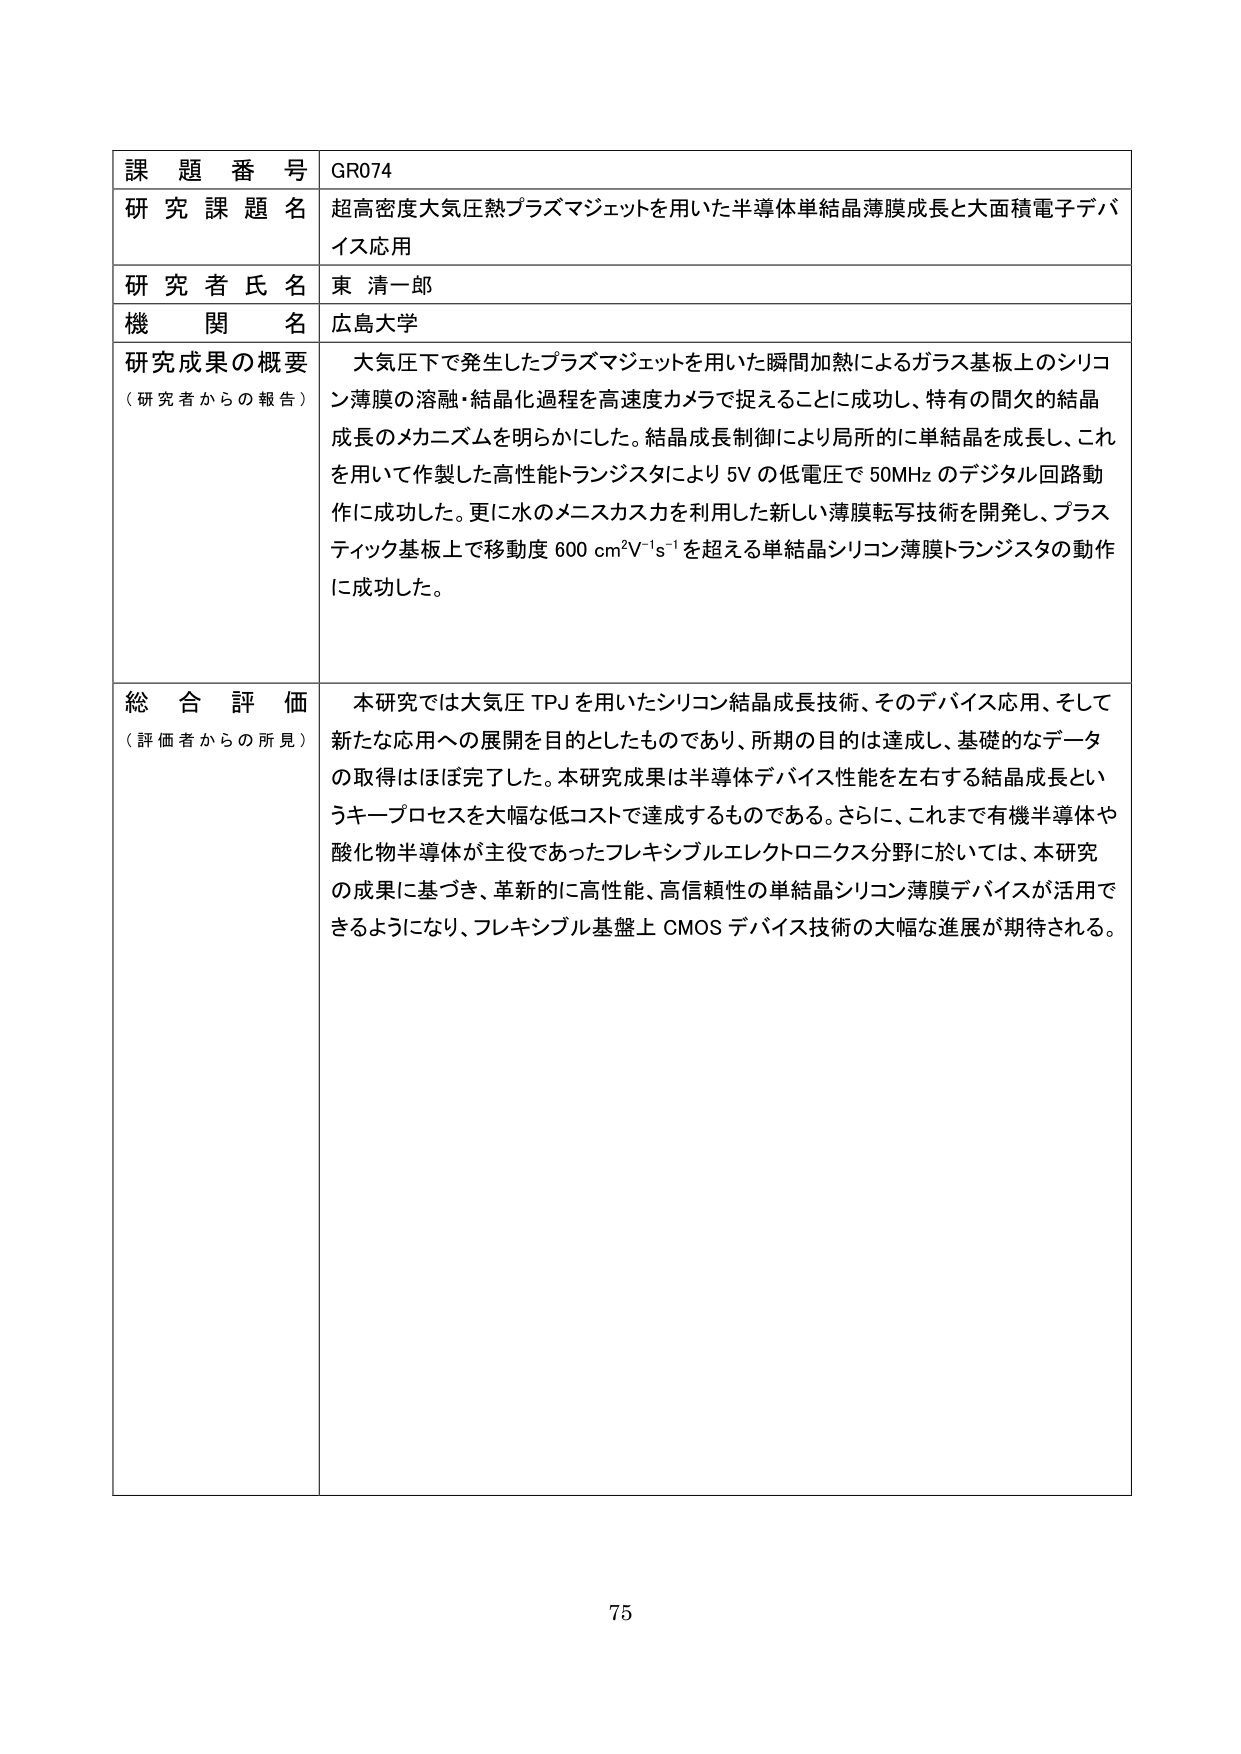
課題番号 GR074
研究課題名 超高密度大気圧熱プラズマジェットを用いた半導体単結晶薄膜成長と大面積電子デバイス応用
研究者氏名 東 清一郎
機関名 広島大学
研究成果の概要（研究者からの報告） 大気圧下で発生したプラズマジェットを用いた瞬間加熱によるガラス基板上のシリコン薄膜の溶融・結晶化過程を高速度カメラで捉えることに成功し、特有の間欠的結晶成長のメカニズムを明らかにした。結晶成長制御により局所的に単結晶を成長し、これを用いて作製した高性能トランジスタにより5Vの低電圧で50MHzのデジタル回路動作に成功した。更に水のメニスカスを利用した新しい薄膜転写技術を開発し、プラスティック基板上で移動度600 cm²V⁻¹s⁻¹を超える単結晶シリコン薄膜トランジスタの動作に成功した。
総合評価（評価者からの所見） 本研究では大気圧TPJを用いたシリコン結晶成長技術、そのデバイス応用、そして新たな応用への展開を目的としたものであり、所期の目的は達成し、基礎的なデータの取得はほぼ完了した。本研究成果は半導体デバイス性能を左右する結晶成長というキープロセスを大幅な低コストで達成するものである。さらに、これまで有機半導体や酸化物半導体が主役であったフレキシブルエレクトロニクス分野に於いては、本研究の成果に基づき、革新的に高性能、高信頼性の単結晶シリコン薄膜デバイスが活用できるようになり、フレキシブル基盤上CMOSデバイス技術の大幅な進展が期待される。
75